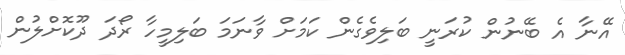
އޭނާ އެ ބޭނުން ކުރަނީ ބަލިވެގެން ކަމަށް ވާނަމަ ބަލިމީހާ ރޯދަ ދޫކޮށްލުން